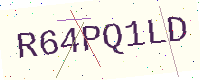
Text: R64PQ1LD